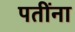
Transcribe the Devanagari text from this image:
पतींना